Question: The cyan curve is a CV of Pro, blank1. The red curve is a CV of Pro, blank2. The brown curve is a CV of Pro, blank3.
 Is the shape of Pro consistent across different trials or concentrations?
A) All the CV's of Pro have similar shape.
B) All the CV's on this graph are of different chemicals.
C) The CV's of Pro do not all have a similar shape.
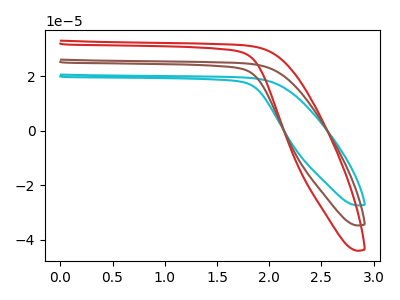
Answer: <think>The cyan curve "Pro, blank1" has no peaks. The red curve "Pro, blank2" has no peaks. The brown curve "Pro, blank3" has no peaks.
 Neither "Pro, blank1" or "Pro, blank2" have any peaks. Neither "Pro, blank1" or "Pro, blank3" have any peaks. Neither "Pro, blank2" or "Pro, blank3" have any peaks.</think>
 <answer>A) All the CV's of "Pro" have similar shape.</answer>
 <eval>A</eval>